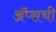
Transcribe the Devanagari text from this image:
ॲप्सची